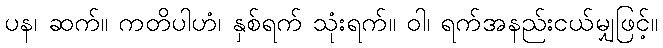
ပန၊ ဆက်။ ကတိပါဟံ၊ နှစ်ရက် သုံးရက်။ ဝါ၊ ရက်အနည်းငယ်မျှဖြင့်။